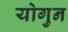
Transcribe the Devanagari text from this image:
योगुन